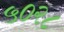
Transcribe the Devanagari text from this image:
५०२८